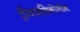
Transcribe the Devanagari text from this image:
ट्रीयामसिनोलोन